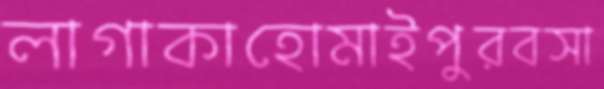
লাগাকাহোমাইপুরবসা